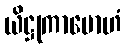
ယိဋ္ဌုကာမောဟံ